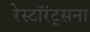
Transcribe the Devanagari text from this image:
रेस्टॉरंट्सना